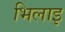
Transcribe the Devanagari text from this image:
भिलाइ